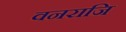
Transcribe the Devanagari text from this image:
वनराजि